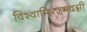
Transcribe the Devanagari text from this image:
विश्वामित्रजमदग्नी